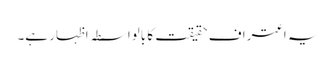
یہ اعتراف حقیقت کا بالواسطہ اظہار ہے۔